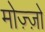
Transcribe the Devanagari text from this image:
मोज़्ज़ो